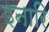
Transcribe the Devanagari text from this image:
इनारि